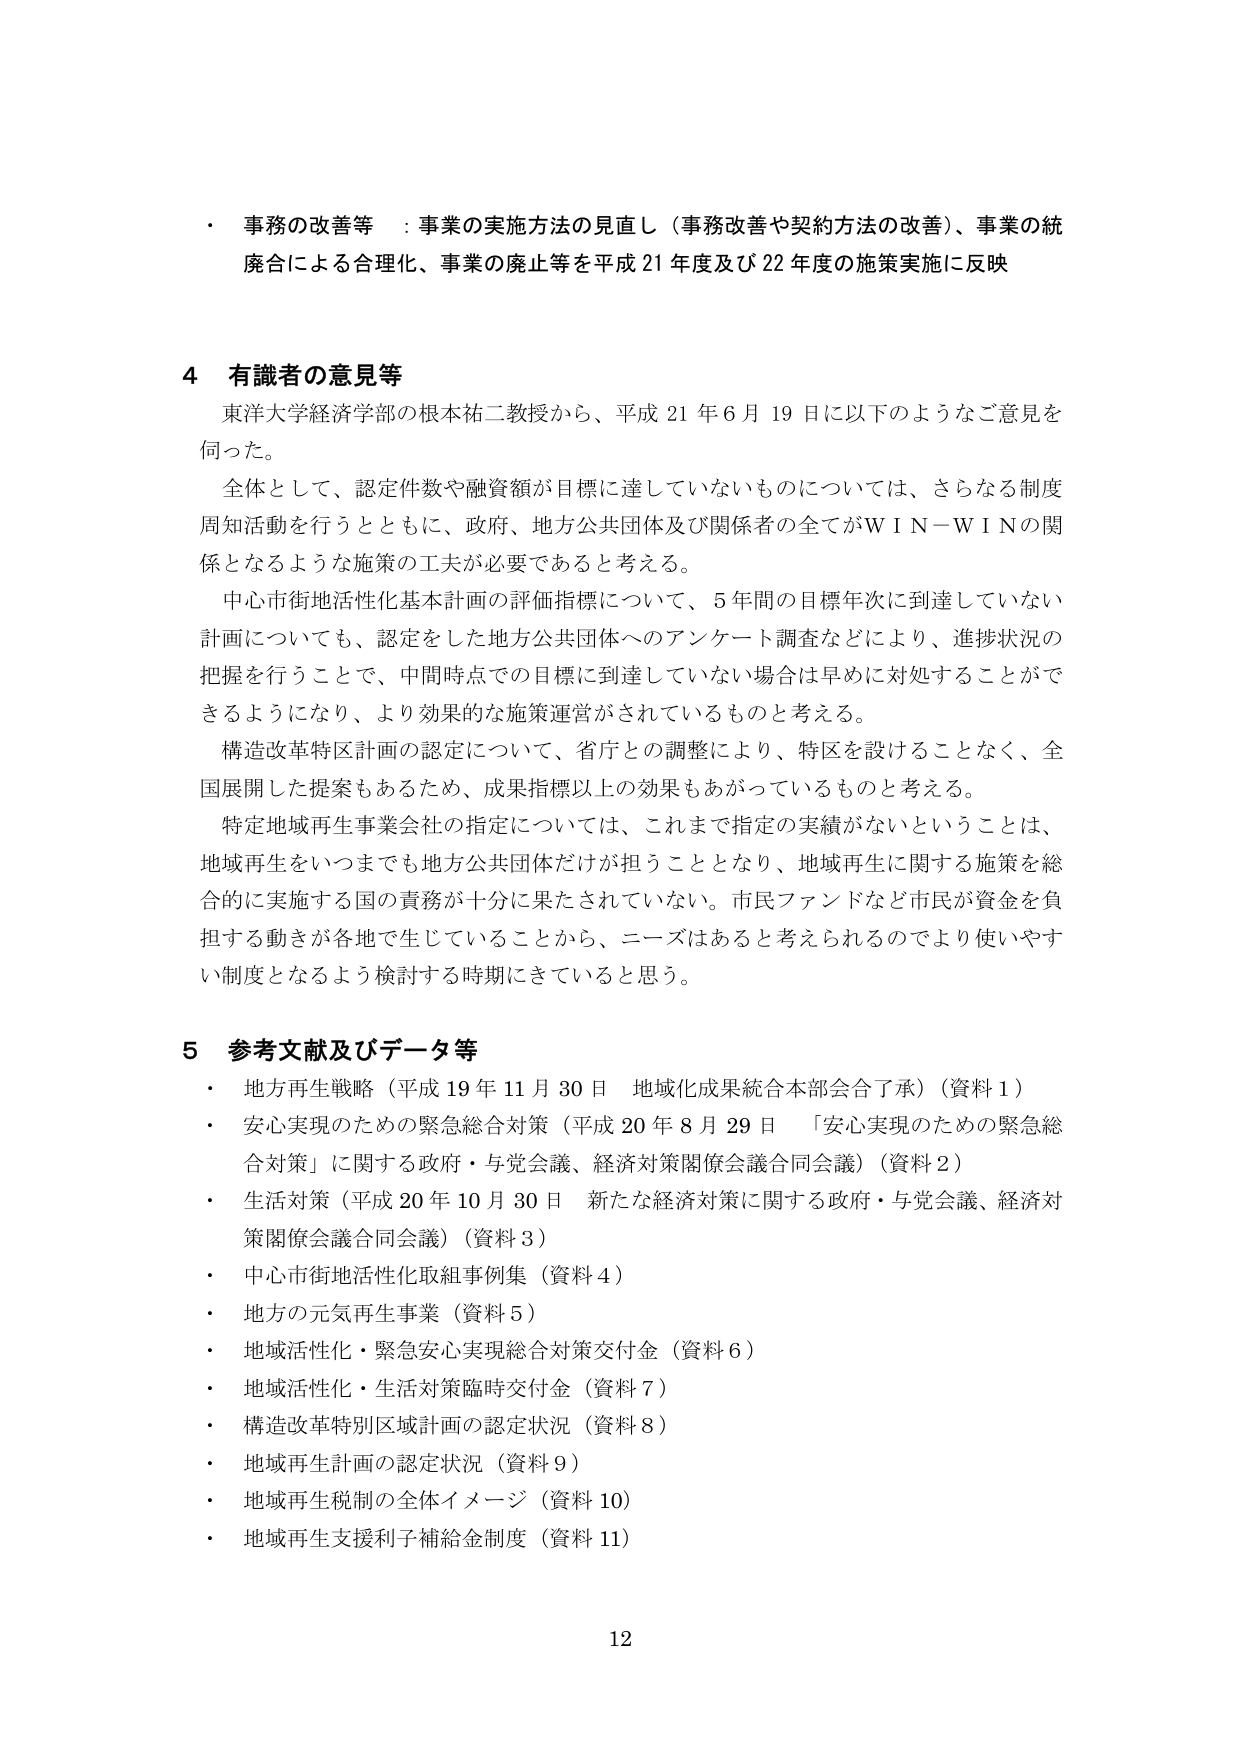
・ 事務の改善等 ：事業の実施方法の見直し（事務改善や契約方法の改善）、事業の統廃合による合理化、事業の廃止等を平成21年度及び22年度の施策実施に反映

4 有識者の意見等
東洋大学経済学部の根本祐二教授から、平成21年6月19日に以下のようなご意見を伺った。
全体として、認定件数や融資額が目標に達していないものについては、さらなる制度周知活動を行うとともに、政府、地方公共団体及び関係者の全てがＷＩＮ－ＷＩＮの関係となるような施策の工夫が必要であると考える。
中心市街地活性化基本計画の評価指標について、5年間の目標年次に到達していない計画についても、認定をした地方公共団体へのアンケート調査などにより、進捗状況の把握を行うことで、中間時点での目標に到達していない場合は早めに対処することができるようになり、より効果的な施策運営がされているものと考える。
構造改革特区計画の認定について、省庁との調整により、特区を設けることなく、全国展開した提案もあるため、成果指標以上の効果もあがっているものと考える。
特定地域再生事業会社の指定については、これまで指定の実績がないということは、地域再生をいつまでも地方公共団体だけが担うこととなり、地域再生に関する施策を総合的に実施する国の責務が十分に果たされていない。市民ファンドなど市民が資金を負担する動きが各地で生じていることから、ニーズはあると考えられるのでより使いやすい制度となるよう検討する時期にきていると思う。

5 参考文献及びデータ等
・ 地方再生戦略（平成19年11月30日 地域化成果統合本部会合了承）（資料1）
・ 安心実現のための緊急総合対策（平成20年8月29日 「安心実現のための緊急総合対策」に関する政府・与党会議、経済対策閣僚会議合同会議）（資料2）
・ 生活対策（平成20年10月30日 新たな経済対策に関する政府・与党会議、経済対策閣僚会議合同会議）（資料3）
・ 中心市街地活性化取組事例集（資料4）
・ 地方の元気再生事業（資料5）
・ 地域活性化・緊急安心実現総合対策交付金（資料6）
・ 地域活性化・生活対策臨時交付金（資料7）
・ 構造改革特別区域計画の認定状況（資料8）
・ 地域再生計画の認定状況（資料9）
・ 地域再生税制の全体イメージ（資料10）
・ 地域再生支援利子補給金制度（資料11）

12